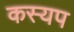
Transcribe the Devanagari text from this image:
कस्यप